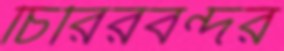
চিরিরবন্দর